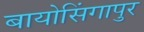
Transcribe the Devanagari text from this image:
बायोसिंगापुर